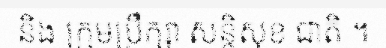
និង ក្រុមប្រឹក្សា សន្តិសុខ ជាតិ ។